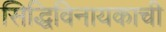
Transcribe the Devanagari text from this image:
सिद्धिविनायकाची